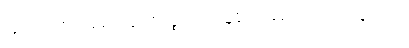
၉၅။ ပထဝိသမော နော ဝိရုဇ္ဈတိ၊ ဣန္ဒခိလုပမော တာဒိ သုဗ္ဗတော။